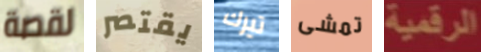
لقصة يقتصر تيرك تمشى الرقمية